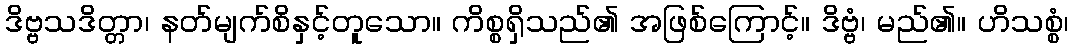
ဒိဗ္ဗသဒိတ္တာ၊ နတ်မျက်စိနှင့်တူသော။ ကိစ္စရှိသည်၏ အဖြစ်ကြောင့်။ ဒိဗ္ဗံ၊ မည်၏။ ဟိသစ္စံ၊